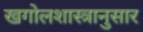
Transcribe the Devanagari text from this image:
खगोलशास्त्रानुसार